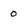
Character: 0